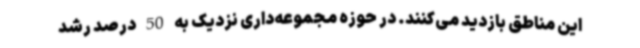
این مناطق بازدید می‌کنند. در حوزه مجموعه‌داری نزدیک به 50 درصد رشد